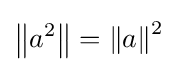
\left\|a^{2}\right\|=\left\|a\right\|^{2}